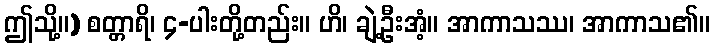
ဤသို့။) စတ္တာရိ၊ ၄-ပါးတို့တည်း။ ဟိ၊ ချဲ့ဦးအံ့။ အာကာသဿ၊ အာကာသ၏။